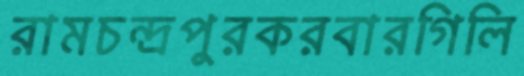
রামচন্দ্রপুরকরবারগিলি